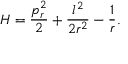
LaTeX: H = { \frac { p _ { r } ^ { 2 } } { 2 } } + { \frac { l ^ { 2 } } { 2 r ^ { 2 } } } - { \frac { 1 } { r } } .